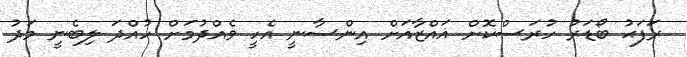
ރަފަޙު ބޯޑަރު ހުރަސްކޮށް ޣައްޒާއަށް އިންސާނީ އެހީ ވެއްދުމަށް ހުއްދަ ލިބެނީ މަދު